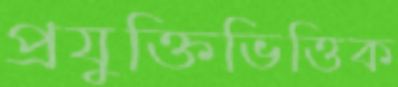
প্রযুক্তিভিত্তিক